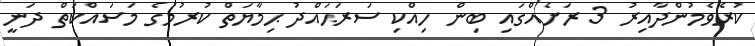
ކުރެވެމުންދާއިރު 3 ރަށެއްގައި ބިން ހިއްކި ސަރަޙައްދު ޙިމާޔަތް ކުރުމުގެ މަސައްކަތް ދަނީ